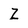
Character: Z